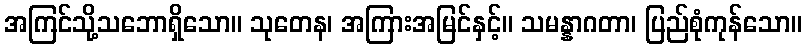
အကြင်သို့သဘောရှိသော။ သုတေန၊ အကြားအမြင်နှင့်။ သမန္နာဂတာ၊ ပြည်စုံကုန်သော။